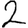
Digit: 2